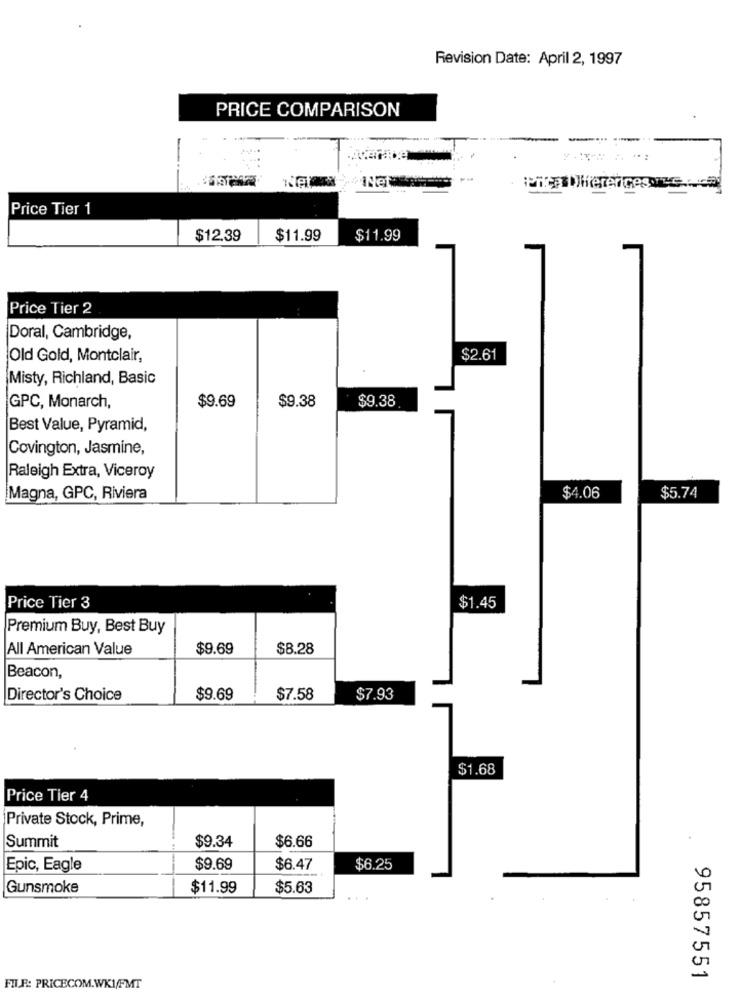
Revision Date: April 2, 1997
PRICE COMPARISON
Pica Differences ve ...
Price Tier 1
$12.39
$11.99
$11.99
Price Tier 2
Doral, Cambridge,
Old Gold, Montclair,
$2.61
Misty, Richland, Basic
$9.69
$9.38
$9.38
GPC, Monarch,
Best Value, Pyramid,
Covington, Jasmine,
Raleigh Extra, Viceroy
Magna, GPC, Riviera
$4.06
$5.74
Price Tier 3
$1.45
Premium Buy, Best Buy
All American Value
$9.69
$8.28
Beacon,
Director's Choice
$9.69
$7.58
$7.93
$1.68
Price Tier 4
Private Stock, Prime,
$9.34
$6.66
Summit
Epic, Eagle
$9.69
$6.47
$6.25
Gunsmoke
$11.99
$5.63
95857551
FIL.F .: PRICECOM.WKI/FMT